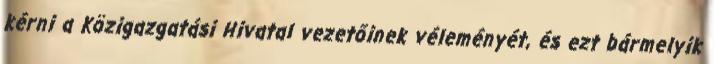
kérni a Közigazgatási Hivatal vezetőinek véleményét, és ezt bármelyik